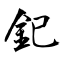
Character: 釲